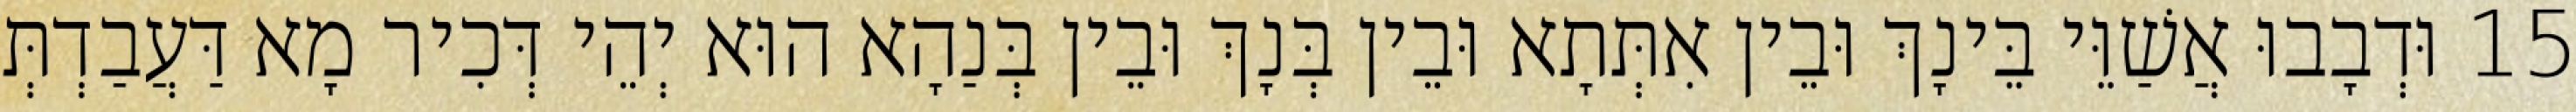
15 וּדְבָבוּ אֲשַׁוֵּי בֵּינָךְ וּבֵין אִתְּתָא וּבֵין בְּנָךְ וּבֵין בְּנַהָא הוּא יְהֵי דְּכִיר מָא דַּעֲבַדְתְּ